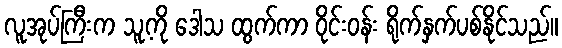
လူအုပ်ကြီးက သူ့ကို ဒေါသ ထွက်ကာ ဝိုင်းဝန်း ရိုက်နှက်ပစ်နိုင်သည်။